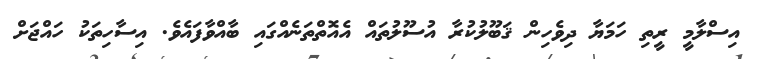
އިސްލާމީ ރީތި ހަމަޔާ ދިވެހިން ޤަބޫލުކުރާ އުސޫލުތައް އެއޮތްތަނެއްގައި ބާއްވާފައެވެ. އިސާހިތަކު ހައްޖަށް